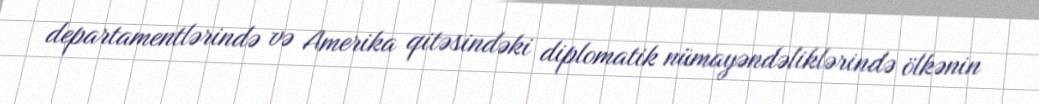
departamentlərində və Amerika qitəsindəki diplomatik nümayəndəliklərində ölkənin